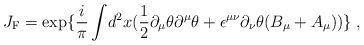
\begin{align*}J_{{\rm {F}}} = \exp\{\frac{i}{ \pi}\int \!d^2x( \frac{1}{2}\partial_{\mu}\theta \partial^{\mu} \theta + \epsilon^{\mu \nu}\partial_{\nu }\theta ( B_{\mu} + A_{\mu}))\}\; ,\end{align*}